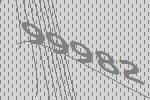
99982